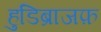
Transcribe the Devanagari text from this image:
हुडिब्राजफ़